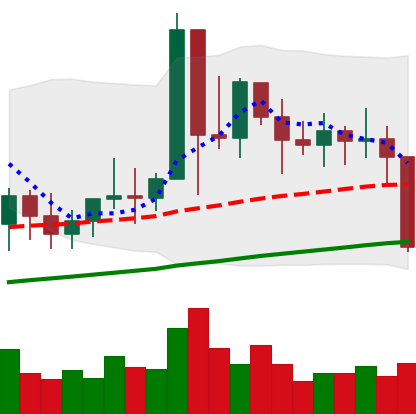
Ticker: XMR-USD
Chart end date: 2021-01-21
Forward return: 6.086%
Label: up_5_7